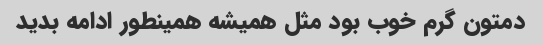
دمتون گرم خوب بود مثل همیشه همینطور ادامه بدید